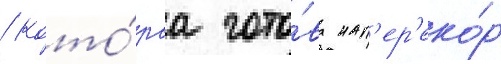
/ кото́раа гото́ва нап'ер'еко́р